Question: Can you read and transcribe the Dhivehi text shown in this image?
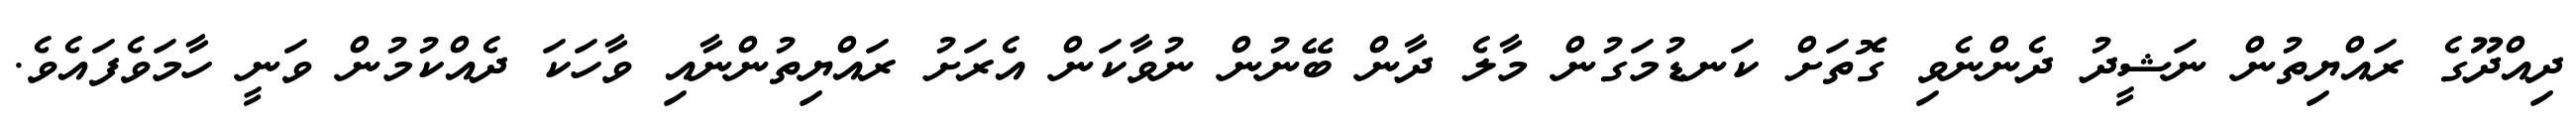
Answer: ދިއްދޫގެ ރައްޔިތުން ނަޝީދު ދެންނެވި ގޮތަށް ކަނޑުމަގުން މާލެ ދާން ބޭނުން ނުވާކަން އެރަށު ރައްޔިތުންނާއި ވާހަކަ ދެއްކުމުން ވަނީ ހާމަވެފައެވެ.